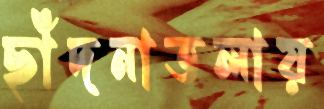
ছাঁদনাতলায়